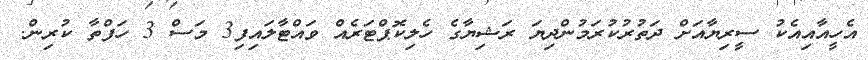
އެހީއާއިއެކު ސީރިޔާއަށް ދަތުރުކުރަމުންދިޔަ ރަޝިޔާގެ ހެލިކޮޕްޓަރެއް ވައްޓާލައިފި3 މަސް 3 ހަފްތާ ކުރިން.